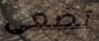
تضعى